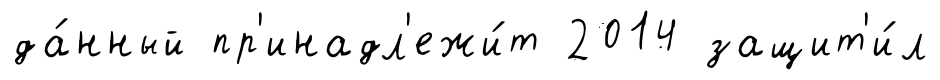
да́нный пр'инадл'ежи́т 2014 защит'и́л